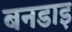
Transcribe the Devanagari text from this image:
बनडाइ